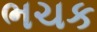
ભચક